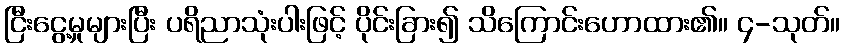
ငြီးငွေ့မှုများပြီး ပရိညာသုံးပါးဖြင့် ပိုင်းခြား၍ သိကြောင်းဟောထား၏။ ၄-သုတ်။